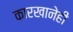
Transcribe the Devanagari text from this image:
कारखानेही